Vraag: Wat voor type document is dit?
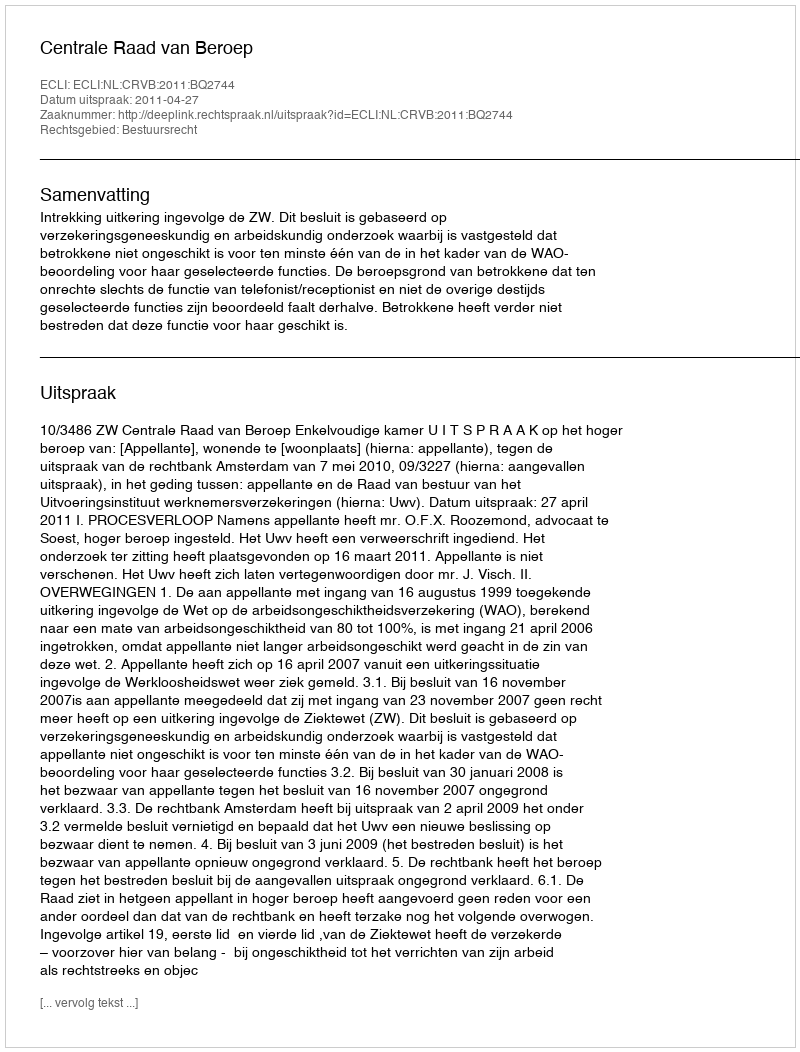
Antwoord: Uitspraak